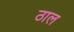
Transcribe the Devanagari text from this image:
ठाल